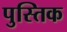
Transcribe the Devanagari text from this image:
पुस्तिक